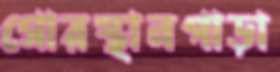
গোরস্থানপাড়া